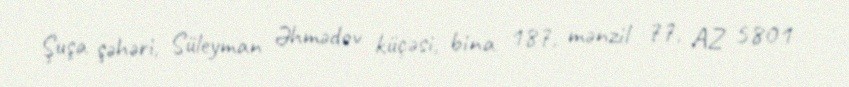
Şuşa şəhəri, Süleyman Əhmədov küçəsi, bina 187, mənzil 77, AZ 5801